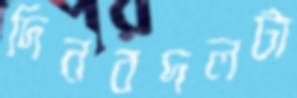
দিনবদলটা